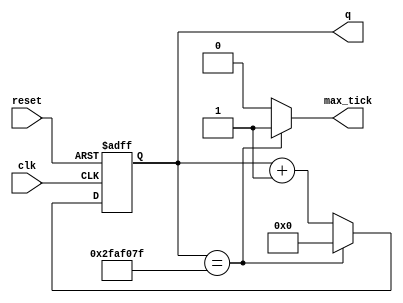
module ModmCountr
   #(parameter M=50000000) // mod-M
   (
    input wire clk, reset,
    output wire max_tick,
    output wire [log2(M)-1:0] q
   );

   //signal declaration
   localparam N = log2(M);   // number of bits for M
   reg [N-1:0] r_reg;
   wire [N-1:0] r_next;

   // body
   // register
   always @(posedge clk, posedge reset)
      if (reset)
         r_reg <= 0;
      else
         r_reg <= r_next;

   // next-state logic
   assign r_next = (r_reg==(M-1)) ? 0 : r_reg + 1;
   // output logic
   assign q = r_reg;
   assign max_tick = (r_reg==(M-1)) ? 1'b1 : 1'b0;

   // log2 constant function
   function integer log2(input integer n);
      integer i;
   begin
      log2 = 1;
      for (i = 0; 2**i < n; i = i + 1)
         log2 = i + 1;
   end
   endfunction

endmodule